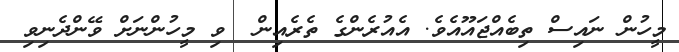
މީހުން ނައިސް ތިބެއްޖައޫއެވެ. އެއުރެންގެ ތެރެއިން  ވި މީހުންނަށް ވޭންދެނިވި